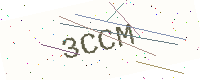
Text: 3CCM